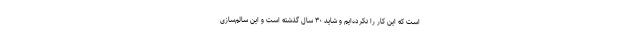
است که این کار را نکرده‌ایم و شاید ۳۰ سال گذشته است و این سالم‌سازی